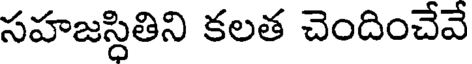
సహజస్ధితిని కలత చెందించేవే